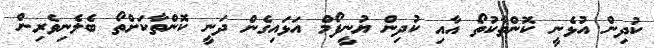
ކުދިން އުޅެނީ ކޮންތާކުތޯ އާއި ކުދިން ޔުނީފޯމް އަޅައިގެން ދަނީ ކޮންތާކަށްތޯ ބެލެނިވެރިން